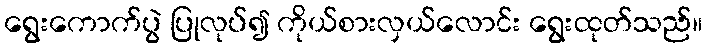
ရွေးကောက်ပွဲ ပြုလုပ်၍ ကိုယ်စားလှယ်လောင်း ရွေးထုတ်သည်။